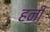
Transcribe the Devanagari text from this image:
हनीं